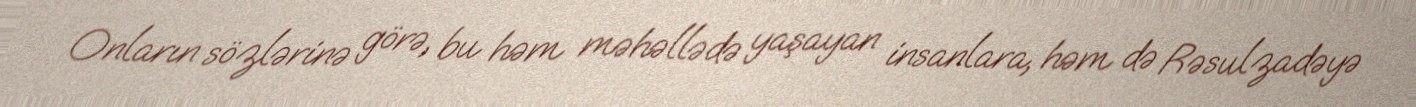
Onların sözlərinə görə, bu həm məhəllədə yaşayan insanlara, həm də Rəsulzadəyə